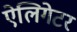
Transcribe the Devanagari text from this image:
ऐलिगेटर